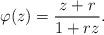
LaTeX: \begin{align*}\varphi(z)=\frac{z+r}{1+rz}.\end{align*}